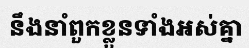
នឹងនាំពួកខ្លួនទាំងអស់គ្នា